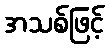
အသစ်ဖြင့်